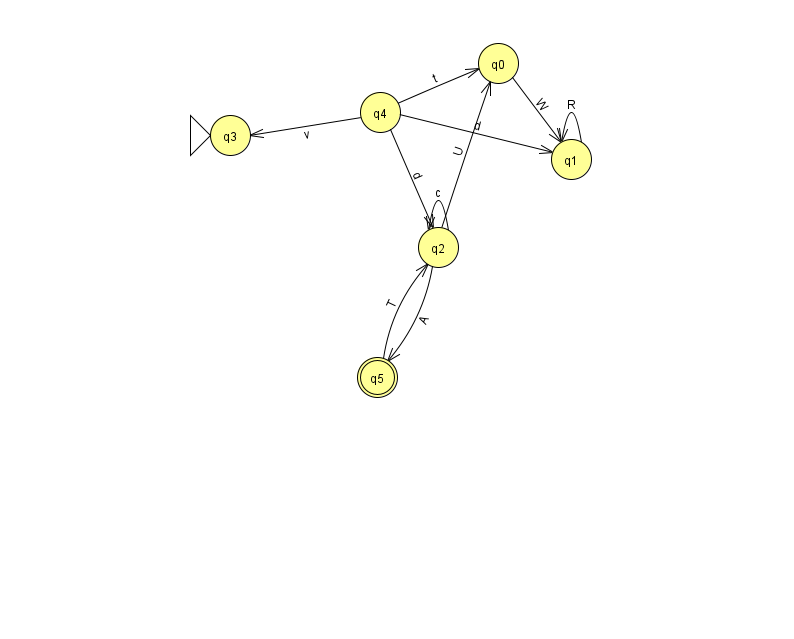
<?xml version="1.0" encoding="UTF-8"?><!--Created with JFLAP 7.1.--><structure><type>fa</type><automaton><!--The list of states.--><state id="0" name="q0"><x>498.0</x><y>50.0</y></state><state id="1" name="q1"><x>571.0</x><y>146.0</y></state><state id="2" name="q2"><x>438.0</x><y>234.0</y></state><state id="3" name="q3"><x>230.0</x><y>122.0</y><initial/></state><state id="4" name="q4"><x>380.0</x><y>99.0</y></state><state id="5" name="q5"><x>377.0</x><y>364.0</y><final/></state><!--The list of transitions.--><transition><from>4</from><to>1</to><read>d</read></transition><transition><from>1</from><to>1</to><read>R</read></transition><transition><from>2</from><to>2</to><read>c</read></transition><transition><from>2</from><to>0</to><read>U</read></transition><transition><from>0</from><to>1</to><read>W</read></transition><transition><from>2</from><to>5</to><read>A</read></transition><transition><from>4</from><to>3</to><read>v</read></transition><transition><from>4</from><to>2</to><read>d</read></transition><transition><from>5</from><to>2</to><read>T</read></transition><transition><from>4</from><to>0</to><read>t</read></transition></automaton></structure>